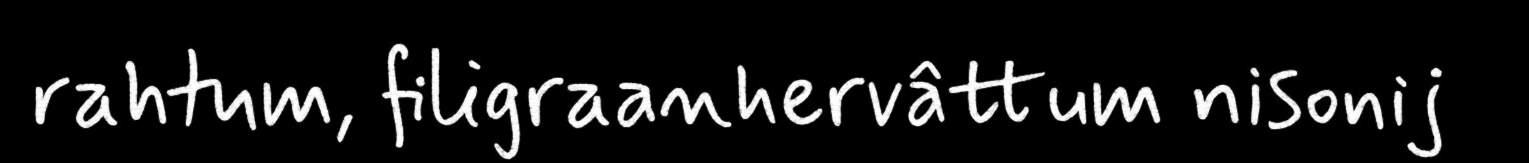
rahtum, filigraanhervâttum nisonij